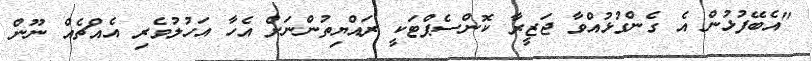
"އެބޭފުޅުން އެ ގެންގުޅުއްވާ ޖަޒީރާ ކޮންސެޕްޓަކީ ރައްޔިތުންނަށް އެހާ އަހުލުވެރި އެއްޗެއް ނޫން